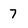
Character: 7